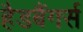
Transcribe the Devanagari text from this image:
हैडबैंगर्स